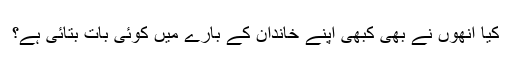
کیا انھوں نے بھی کبھی اپنے خاندان کے بارے میں کوئی بات بتائی ہے؟